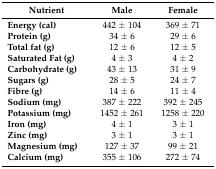
| Nutrient | Male | Female |
 | --- | --- | --- |
 | Energy (cal) | 442 ± 104 | 369 ± 71 |
 | Protein (g) | 34 ± 6 | 29 ± 6 |
 | Total fat (g) | 12 ± 6 | 12 ± 5 |
 | Saturated Fat (g) | 4 ± 3 | 4 ± 2 |
 | Carbohydrate (g) | 43 ± 13 | 31 ± 9 |
 | Sugars (g) | 28 ± 5 | 24 ± 7 |
 | Fibre (g) | 14 ± 6 | 11 ± 4 |
 | Sodium (mg) | 387 ± 222 | 392 ± 245 |
 | Potassium (mg) | 1452 ± 261 | 1258 ± 220 |
 | Iron (mg) | 4 ± 1 | 3 ± 1 |
 | Zinc (mg) | 3 ± 1 | 3 ± 1 |
 | Magnesium (mg) | 127 ± 37 | 99 ± 21 |
 | Calcium (mg) | 355 ± 106 | 272 ± 74 |